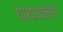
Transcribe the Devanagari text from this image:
याथार्थान्वेषी